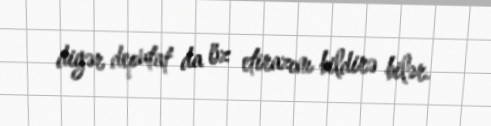
digər deputat da öz etirazını bildirə bilər.